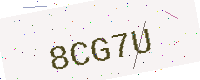
Text: 8CG7U